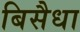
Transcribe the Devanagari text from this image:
बिसैधा